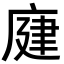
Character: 𢉆